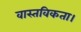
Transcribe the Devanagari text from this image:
वास्तविकता।